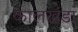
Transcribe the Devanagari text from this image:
कालखंडा